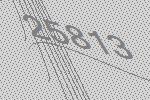
25813